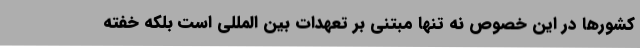
کشورها در این خصوص نه تنها مبتنی بر تعهدات بین المللی است بلکه خفته